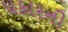
પકારની